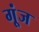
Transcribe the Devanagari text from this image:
गू्ंज